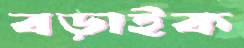
বড়াইক